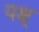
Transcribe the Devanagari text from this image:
पक्ष्